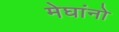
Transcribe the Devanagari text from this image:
मेघांनो